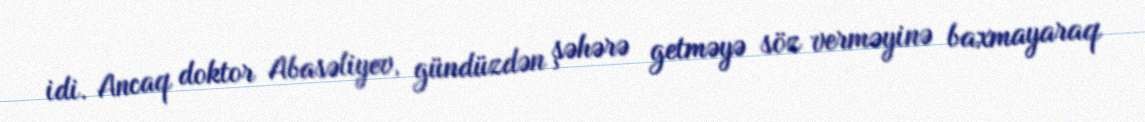
idi. Ancaq doktor Abasəliyev, gündüzdən şəhərə getməyə söz verməyinə baxmayaraq